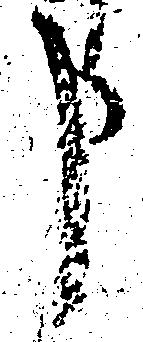
申